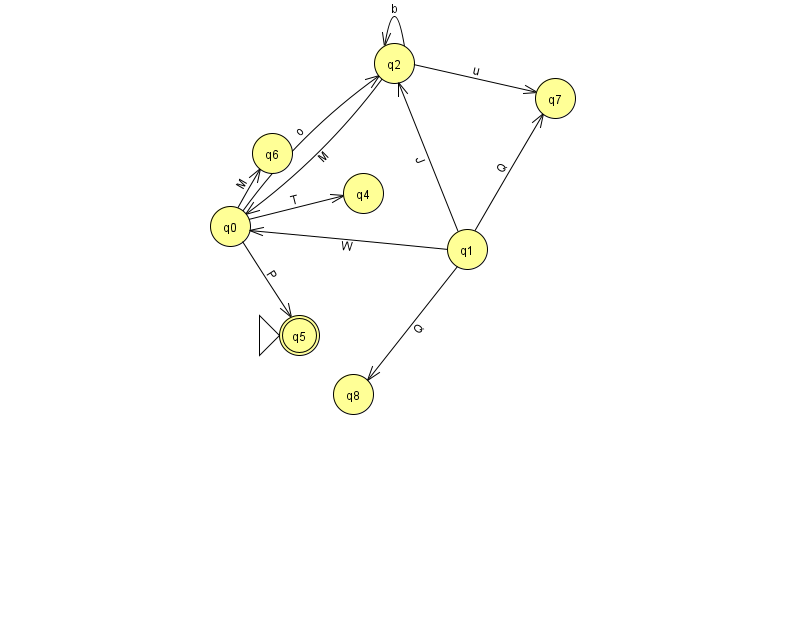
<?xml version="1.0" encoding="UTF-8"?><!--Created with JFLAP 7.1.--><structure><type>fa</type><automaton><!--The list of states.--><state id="0" name="q0"><x>230.0</x><y>213.0</y></state><state id="1" name="q1"><x>467.0</x><y>236.0</y></state><state id="2" name="q2"><x>394.0</x><y>50.0</y></state><state id="4" name="q4"><x>363.0</x><y>180.0</y></state><state id="5" name="q5"><x>299.0</x><y>322.0</y><initial/><final/></state><state id="6" name="q6"><x>272.0</x><y>140.0</y></state><state id="7" name="q7"><x>555.0</x><y>85.0</y></state><state id="8" name="q8"><x>353.0</x><y>381.0</y></state><!--The list of transitions.--><transition><from>1</from><to>7</to><read>Q</read></transition><transition><from>0</from><to>4</to><read>T</read></transition><transition><from>1</from><to>2</to><read>J</read></transition><transition><from>2</from><to>2</to><read>b</read></transition><transition><from>1</from><to>8</to><read>Q</read></transition><transition><from>0</from><to>6</to><read>M</read></transition><transition><from>0</from><to>5</to><read>P</read></transition><transition><from>0</from><to>2</to><read>o</read></transition><transition><from>1</from><to>0</to><read>W</read></transition><transition><from>2</from><to>7</to><read>u</read></transition><transition><from>2</from><to>0</to><read>M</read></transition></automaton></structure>